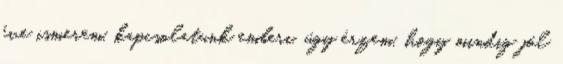
éve ismerem, kapcsolatunk emberi, úgy érzem, hogy mindig jól